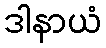
ဒါနာယံ